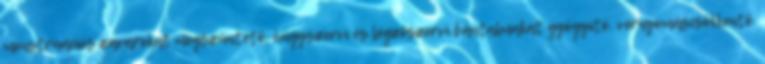
menstruációs zavarokat megszüntető, húgyszervi és légzőszervi bántalmakat gyógyító, vérnyomáscsökkentő.